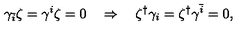
\gamma _ { \bar { i } } \zeta = \gamma ^ { i } \zeta = 0 \quad \Rightarrow \quad \zeta ^ { \dag } \gamma _ { i } = \zeta ^ { \dag } \gamma ^ { \bar { i } } = 0 ,